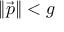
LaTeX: \| { \vec { p } } \| < g \,